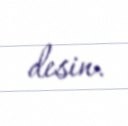
desin.